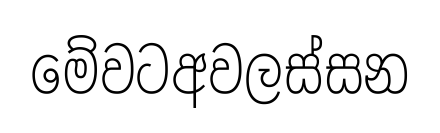
මේවටඅවලස්සන